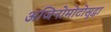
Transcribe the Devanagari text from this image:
अजिनोमोटोसुद्धा